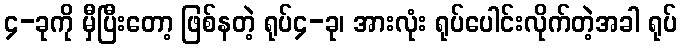
၄-ခုကို မှီပြီးတော့ ဖြစ်နတဲ့ ရုပ်၄-ခု၊ အားလုံး ရုပ်ပေါင်းလိုက်တဲ့အခါ ရုပ်